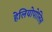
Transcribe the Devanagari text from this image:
हेलियोपोलिस